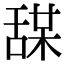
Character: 𦧤